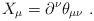
\begin{align*} X_\mu = \partial^\nu \theta_{\mu \nu} ~.\end{align*}